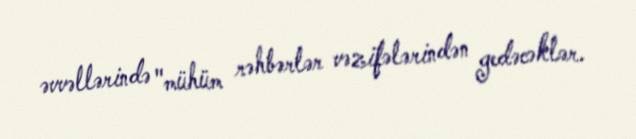
əvvəllərində "mühüm rəhbərlər vəzifələrindən gedəcəklər.